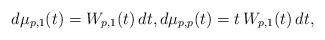
\begin{align*}d\mu_{p,1}(t) = W_{p,1}(t)\,dt, d\mu_{p,p}(t) = t \,W_{p,1}(t)\,dt,\end{align*}